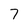
Character: 7